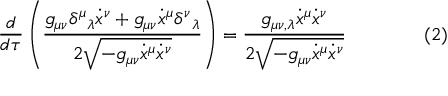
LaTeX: { \frac { d } { d \tau } } \left( { \frac { g _ { \mu \nu } \delta ^ { \mu } { } _ { \lambda } { \dot { x } } ^ { \nu } + g _ { \mu \nu } { \dot { x } } ^ { \mu } \delta ^ { \nu } { } _ { \lambda } } { 2 { \sqrt { - g _ { \mu \nu } { \dot { x } } ^ { \mu } { \dot { x } } ^ { \nu } } } } } \right) = { \frac { g _ { \mu \nu , \lambda } { \dot { x } } ^ { \mu } { \dot { x } } ^ { \nu } } { 2 { \sqrt { - g _ { \mu \nu } { \dot { x } } ^ { \mu } { \dot { x } } ^ { \nu } } } } } \qquad \qquad ( 2 )